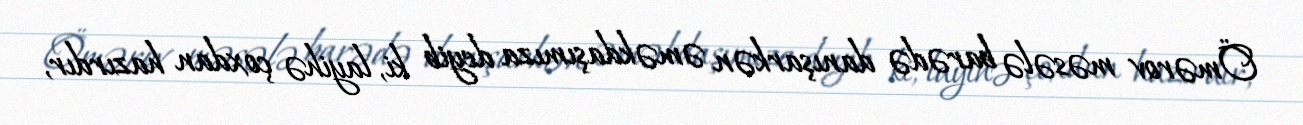
Ömərov məsələ barədə danışarkən əməkdaşımıza deyib ki, layihə çoxdan hazırdır,